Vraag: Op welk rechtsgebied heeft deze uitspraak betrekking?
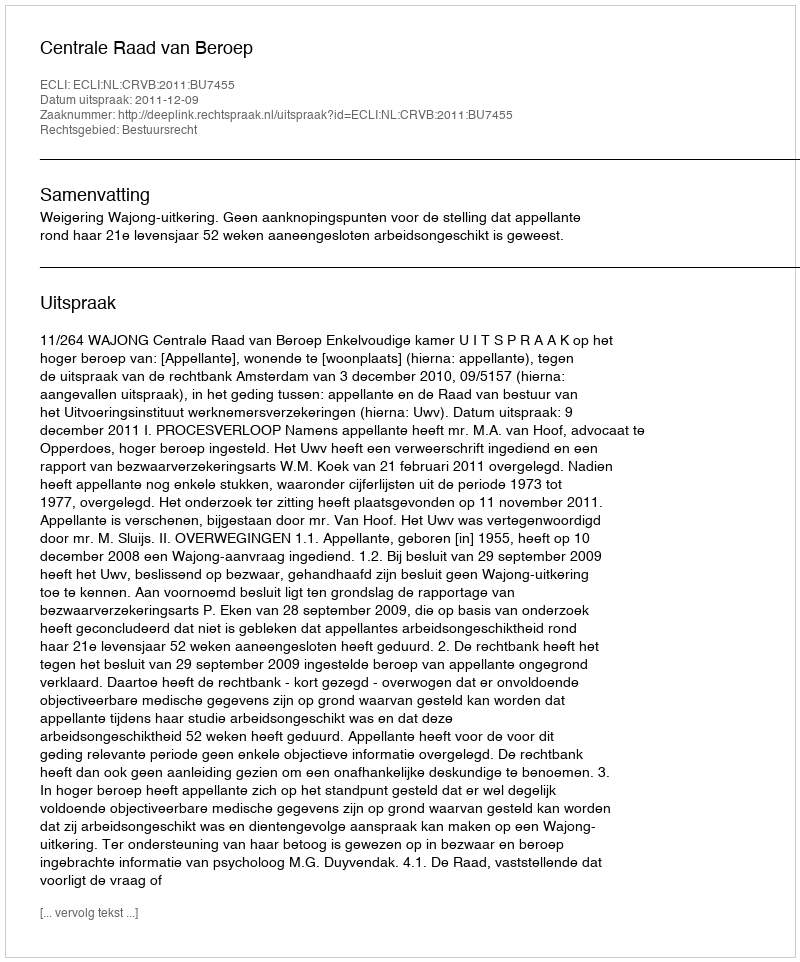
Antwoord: Bestuursrecht